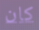
كان